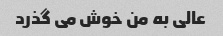
عالی به من خوش می گذرد